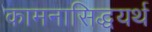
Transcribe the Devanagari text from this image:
कामनासिद्धयर्थ